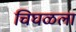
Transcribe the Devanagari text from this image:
चिघळला